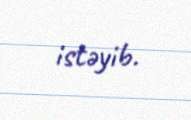
istəyib.